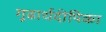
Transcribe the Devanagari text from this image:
गूढार्थदीपिका